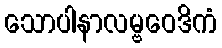
သောပါနာလမ္ဗဝေဒိကံ